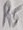
Text: 10